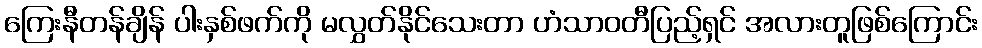
ကြေးနီတန်ချိန် ပါးနှစ်ဖက်ကို မလွှတ်နိုင်သေးတာ ဟံသာဝတီပြည့်ရှင် အလားတူဖြစ်ကြောင်း